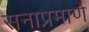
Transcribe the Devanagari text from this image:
सनाप्रमाणे